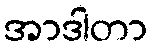
အာဒါတာ